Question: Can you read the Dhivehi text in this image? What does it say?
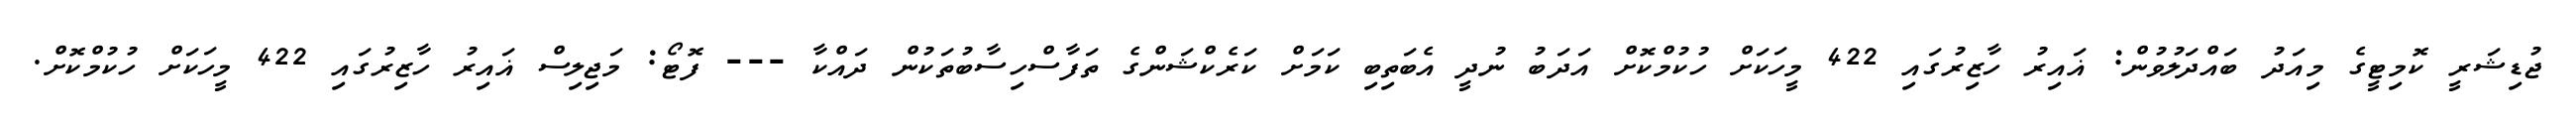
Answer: ޖުޑިޝަރީ ކޮމިޓީގެ މިއަދު ބައްދަލުވުން: ޣައިރު ހާޒިރުގައި 422 މީހަކަށް ހުކުމްކޮށް އަދަބު ނުދީ އެބަތިބި ކަމަށް ކަރެކްޝަންގެ ތަފާސްހިސާބުތަކުން ދައްކާ --- ފޮޓޯ: މަޖިލިސް ޣައިރު ހާޒިރުގައި 422 މީހަކަށް ހުކުމްކޮށް.